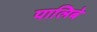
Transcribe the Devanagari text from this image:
पालिबे